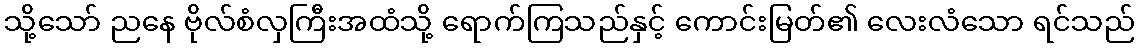
သို့သော် ညနေ ဗိုလ်စံလှကြီးအထံသို့ ရောက်ကြသည်နှင့် ကောင်းမြတ်၏ လေးလံသော ရင်သည်